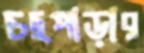
চছপাড়ার